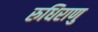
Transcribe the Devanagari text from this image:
रुधिराणु